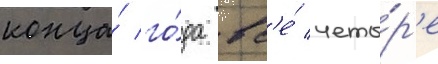
конца́ го́да вс'е́ четы́р'е